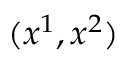
( x ^ { 1 } , x ^ { 2 } )